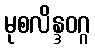
မုစလိန္ဒဝဂ္ဂ